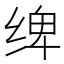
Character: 𰬤